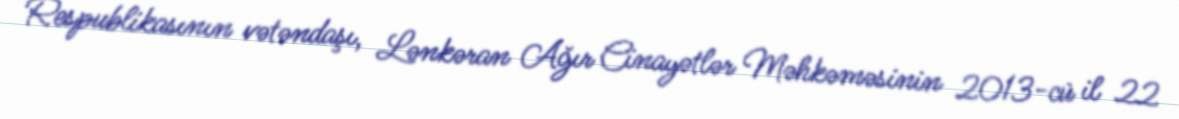
Respublikasının vətəndaşı, Lənkəran Ağır Cinayətlər Məhkəməsinin 2013-cü il 22